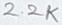
Text: 2.2K